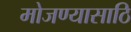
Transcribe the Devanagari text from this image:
मोजण्यासाठि